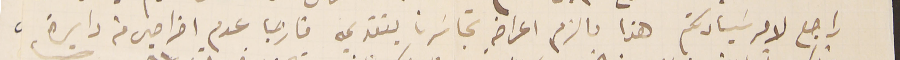
راجع لامر سَيادتكم هذا مالزم اعراضهِ تجاسَرنا بتقديمه فارجيا عدم اخراجي من دايرة